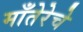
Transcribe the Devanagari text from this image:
माँतेरेचे